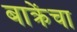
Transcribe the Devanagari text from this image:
बाक्रेंचा